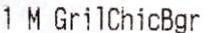
1 M GRILCHICBGR